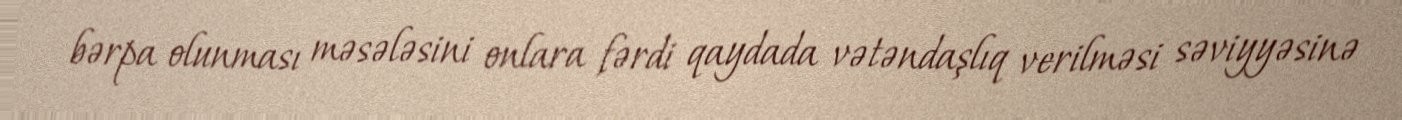
bərpa olunması məsələsini onlara fərdi qaydada vətəndaşlıq verilməsi səviyyəsinə